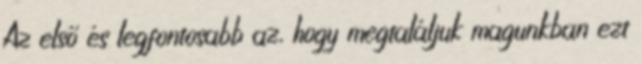
Az első és legfontosabb az, hogy megtaláljuk magunkban ezt